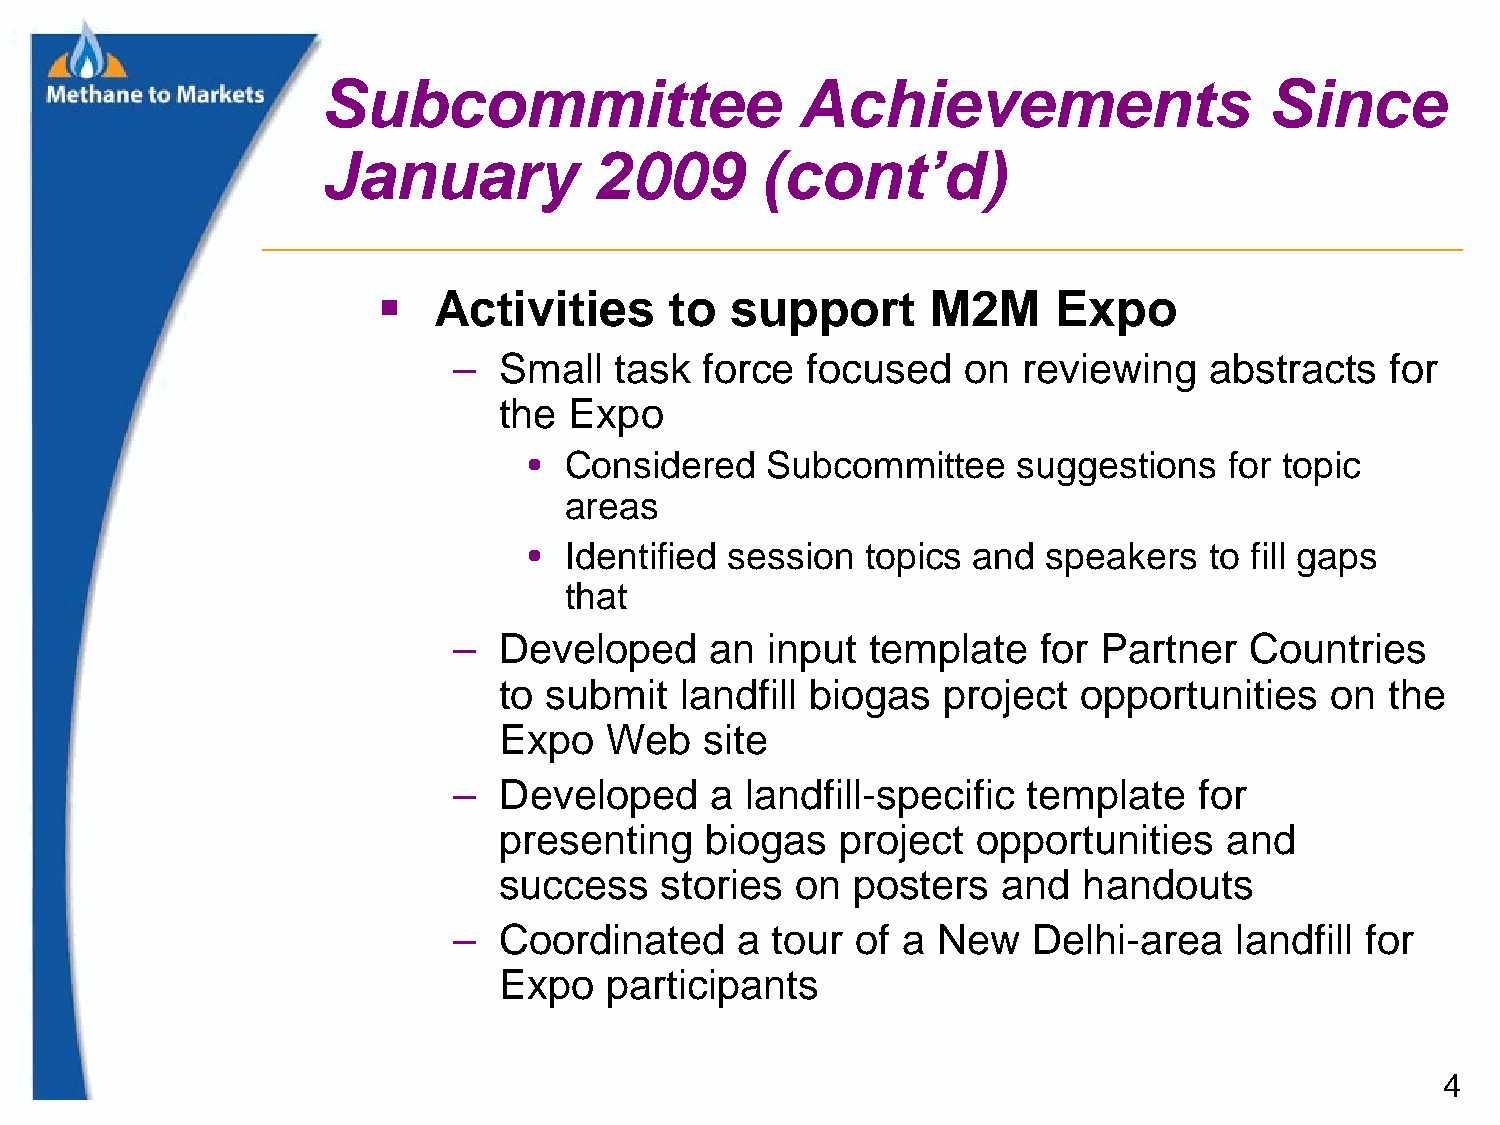
Subcommittee                    Achievements                   Since
 January           2009       (cont’d)
    Activities     to  support       M2M     Expo
 –  Small   task  force focused    on  reviewing   abstracts   for
 the  Expo
 • Considered    Subcommittee    suggestions   for topic
 areas
 • Identified session  topics and  speakers   to fill gaps
 that
 –  Developed     an  input  template   for Partner   Countries
 to submit   landfill biogas  project  opportunities    on  the
 Expo   Web    site
 –  Developed     a landfill-specific  template   for
 presenting    biogas   project  opportunities   and
 success    stories  on posters   and   handouts
 –  Coordinated     a tour  of a New   Delhi-area    landfill for
 Expo   participants
 4